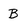
Character: B